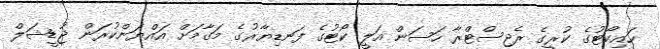
ހައިކޯޓުގެ ކުރީގެ ރެޖިސްޓްރާ ހަސަން އަލީ ކޯޓުގެ ފަނޑިޔާރުގެ މަގާމަށް އައްޔަންކުރަން ޖުޑީޝަލް